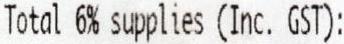
TOTAL 6% SUPPLIES (INC. GST):